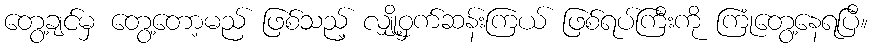
တွေ့ချင်မှ တွေ့တော့မည် ဖြစ်သည့် လျှို့ဝှက်ဆန်းကြယ် ဖြစ်ရပ်ကြီးကို ကြုံတွေ့နေရပြီ။